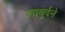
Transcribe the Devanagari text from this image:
लाबूर्दने